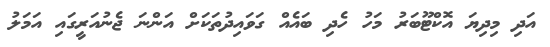
އަދި މިދިޔަ އޮކްޓޫބަރު މަހު ހެދި ބައެއް ގަވައިދުތަކަށް އަންނަ ޖެނުއަރީގައި އަމަލު